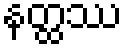
နတ္ထဿ